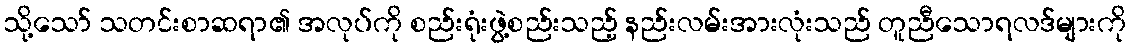
သို့သော် သတင်းစာဆရာ၏ အလုပ်ကို စည်းရုံးဖွဲ့စည်းသည့် နည်းလမ်းအားလုံးသည် တူညီသောရလဒ်များကို